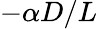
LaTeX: -\alpha D/L